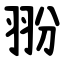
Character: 翂